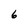
Character: 6